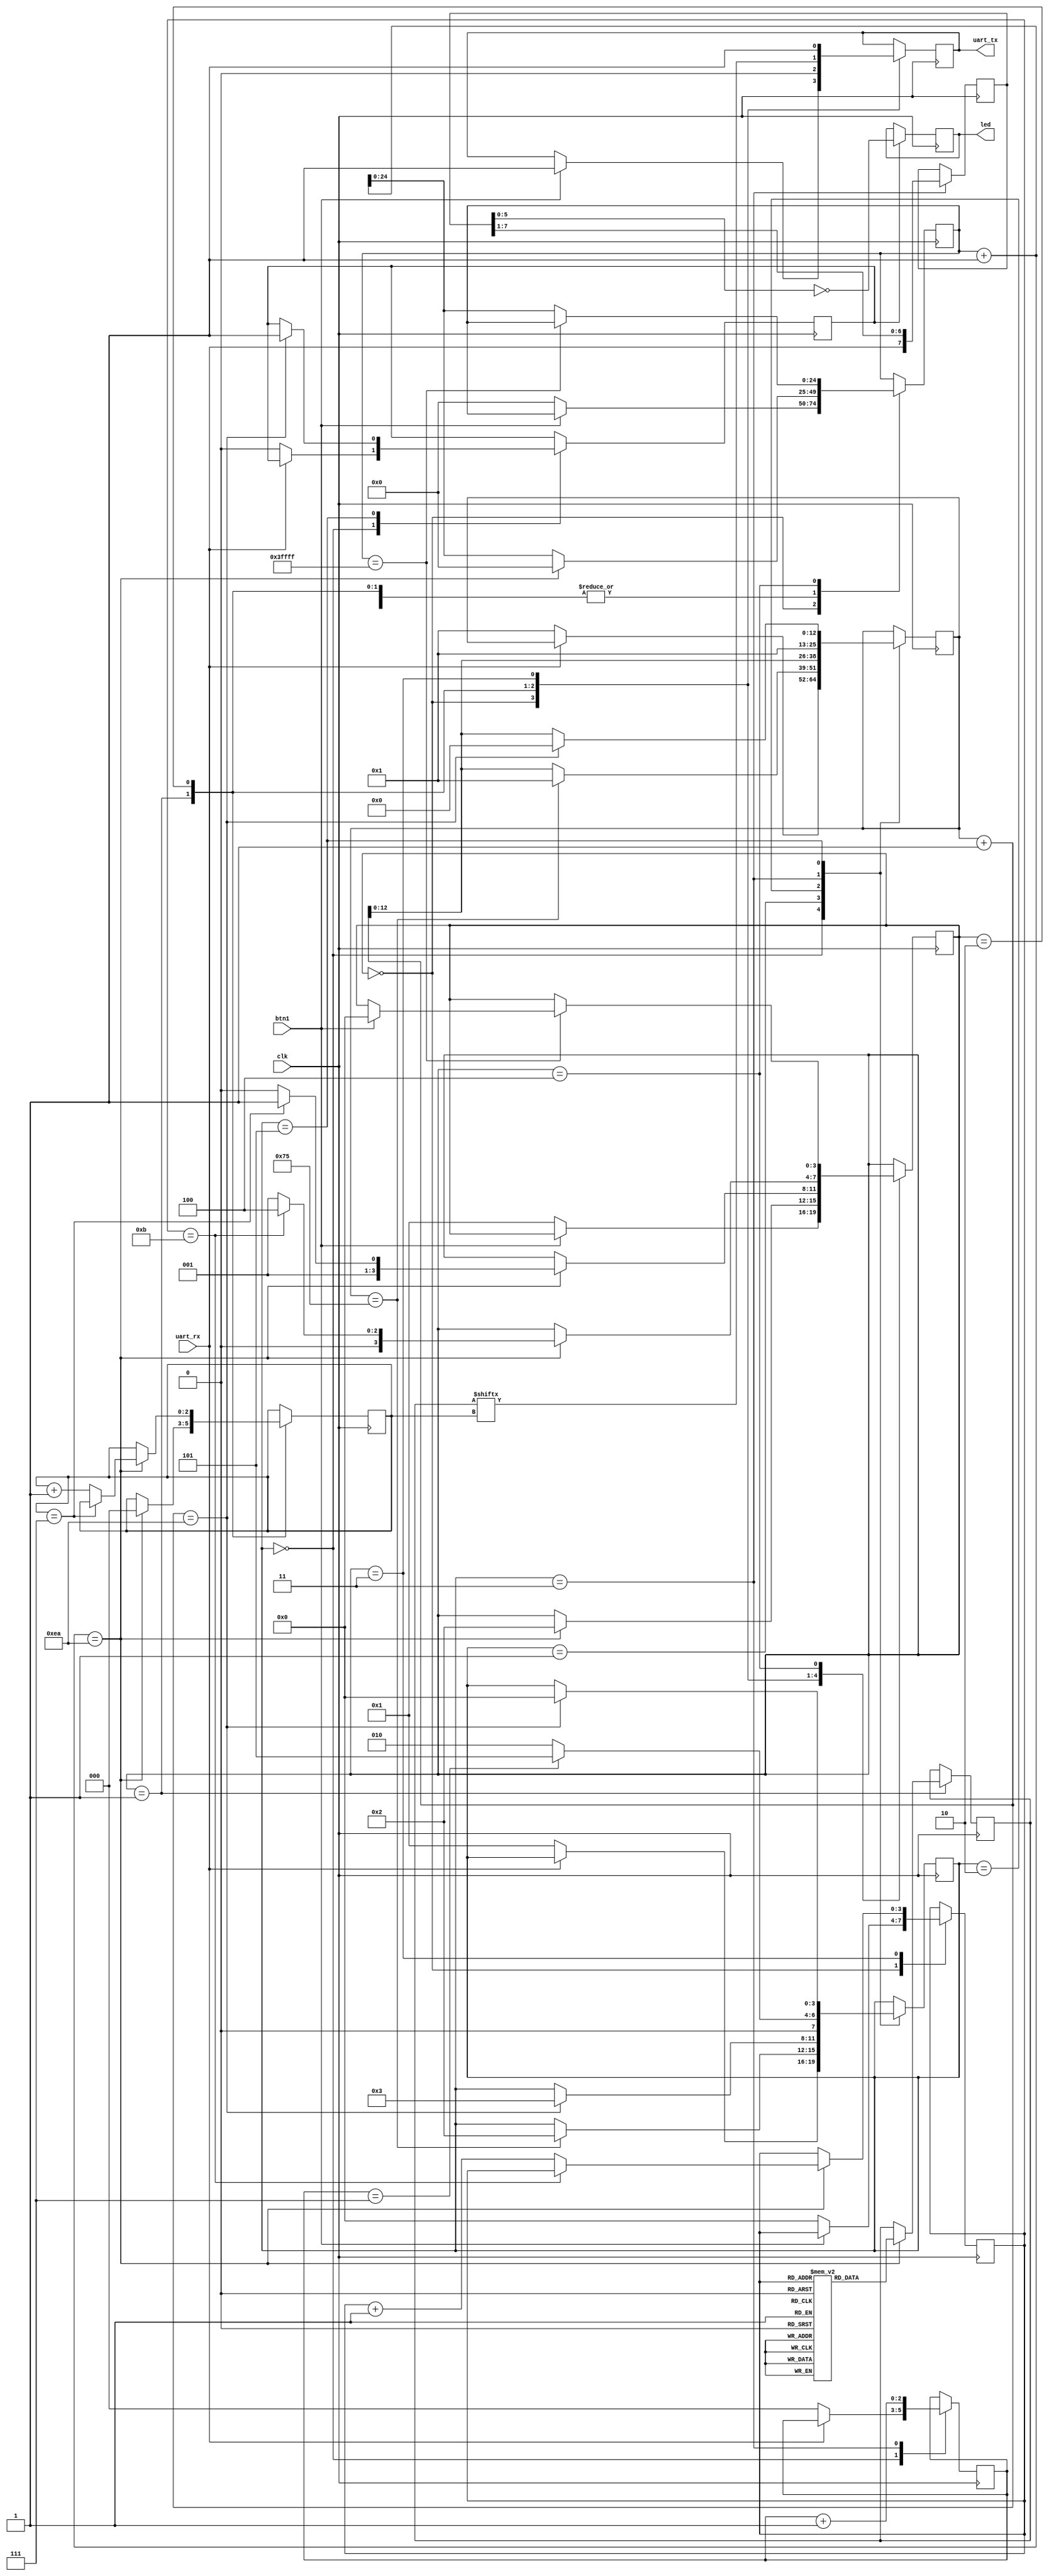
`default_nettype none

module uart
#(
    parameter DELAY_FRAMES = 234 // 27,000,000 (27Mhz) / 115200 Baud rate
)
(
    input clk,
    input uart_rx,
    output uart_tx,
    output reg [5:0] led,
    input btn1
);

localparam HALF_DELAY_WAIT = (DELAY_FRAMES / 2);

reg [3:0] rxState = 0;
reg [12:0] rxCounter = 0;
reg [7:0] dataIn = 0;
reg [2:0] rxBitNumber = 0;
reg byteReady = 0;

localparam RX_STATE_IDLE = 0;
localparam RX_STATE_START_BIT = 1;
localparam RX_STATE_READ_WAIT = 2;
localparam RX_STATE_READ = 3;
localparam RX_STATE_STOP_BIT = 5;

always @(posedge clk) begin
    case (rxState)
        RX_STATE_IDLE: begin
            if (uart_rx == 0) begin
                rxState <= RX_STATE_START_BIT;
                rxCounter <= 1;
                rxBitNumber <= 0;
                byteReady <= 0;
            end
        end 
        RX_STATE_START_BIT: begin
            if (rxCounter == HALF_DELAY_WAIT) begin
                rxState <= RX_STATE_READ_WAIT;
                rxCounter <= 1;
            end else 
                rxCounter <= rxCounter + 1;
        end
        RX_STATE_READ_WAIT: begin
            rxCounter <= rxCounter + 1;
            if ((rxCounter + 1) == DELAY_FRAMES) begin
                rxState <= RX_STATE_READ;
            end
        end
        RX_STATE_READ: begin
            rxCounter <= 1;
            dataIn <= {uart_rx, dataIn[7:1]};
            rxBitNumber <= rxBitNumber + 1;
            if (rxBitNumber == 3'b111)
                rxState <= RX_STATE_STOP_BIT;
            else
                rxState <= RX_STATE_READ_WAIT;
        end
        RX_STATE_STOP_BIT: begin
            rxCounter <= rxCounter + 1;
            if ((rxCounter + 1) == DELAY_FRAMES) begin
                rxState <= RX_STATE_IDLE;
                rxCounter <= 0;
                byteReady <= 1;
            end
        end
    endcase
end

always @(posedge clk) begin
    if (byteReady) begin
        led <= ~dataIn[5:0];
    end
end

reg [3:0] txState = 0;
reg [24:0] txCounter = 0;
reg [7:0] dataOut = 0;
reg txPinRegister = 1;
reg [2:0] txBitNumber = 0;
reg [3:0] txByteCounter = 0;

assign uart_tx = txPinRegister;

localparam MEMORY_LENGTH = 12;
reg [7:0] testMemory [MEMORY_LENGTH-1:0];

initial begin
    testMemory[0] = "L";
    testMemory[1] = "u";
    testMemory[2] = "s";
    testMemory[3] = "h";
    testMemory[4] = "a";
    testMemory[5] = "y";
    testMemory[6] = " ";
    testMemory[7] = "L";
    testMemory[8] = "a";
    testMemory[9] = "b";
    testMemory[10] = "s";
    testMemory[11] = " ";
end

localparam TX_STATE_IDLE = 0;
localparam TX_STATE_START_BIT = 1;
localparam TX_STATE_WRITE = 2;
localparam TX_STATE_STOP_BIT = 3;
localparam TX_STATE_DEBOUNCE = 4;

always @(posedge clk) begin
    case (txState)
        TX_STATE_IDLE: begin
            if (btn1 == 0) begin
                txState <= TX_STATE_START_BIT;
                txCounter <= 0;
                txByteCounter <= 0;
            end
            else begin
                txPinRegister <= 1;
            end
        end 
        TX_STATE_START_BIT: begin
            txPinRegister <= 0;
            if ((txCounter + 1) == DELAY_FRAMES) begin
                txState <= TX_STATE_WRITE;
                dataOut <= testMemory[txByteCounter];
                txBitNumber <= 0;
                txCounter <= 0;
            end else 
                txCounter <= txCounter + 1;
        end
        TX_STATE_WRITE: begin
            txPinRegister <= dataOut[txBitNumber];
            if ((txCounter + 1) == DELAY_FRAMES) begin
                if (txBitNumber == 3'b111) begin
                    txState <= TX_STATE_STOP_BIT;
                end else begin
                    txState <= TX_STATE_WRITE;
                    txBitNumber <= txBitNumber + 1;
                end
                txCounter <= 0;
            end else 
                txCounter <= txCounter + 1;
        end
        TX_STATE_STOP_BIT: begin
            txPinRegister <= 1;
            if ((txCounter + 1) == DELAY_FRAMES) begin
                if (txByteCounter == MEMORY_LENGTH - 1) begin
                    txState <= TX_STATE_DEBOUNCE;
                end else begin
                    txByteCounter <= txByteCounter + 1;
                    txState <= TX_STATE_START_BIT;
                end
                txCounter <= 0;
            end else 
                txCounter <= txCounter + 1;
        end
        TX_STATE_DEBOUNCE: begin
            if (txCounter == 23'b111111111111111111) begin
                if (btn1 == 1) 
                    txState <= TX_STATE_IDLE;
            end else
                txCounter <= txCounter + 1;
        end
    endcase      
end
endmodule